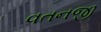
વતનજી